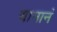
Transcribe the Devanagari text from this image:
यानानं